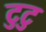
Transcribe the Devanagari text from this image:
टुटु